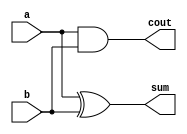
/////////////////////////////////////////////////////////////////////////////////
//                                                                             //
// Module Name:    HA_Behavioural                                              //
// Description:    Behavioural Model of Half Adder                             //
//                                                                             //
/////////////////////////////////////////////////////////////////////////////////
`timescale 1ns / 10ps
module HA_Behavioural(a,b,sum,cout);
  input a,b;
  output sum,cout;
  reg sum, cout;
  
  always @(a,b) begin
    #5 sum = a^b;
    #5 cout = a & b;
  end
endmodule